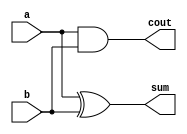
/////////////////////////////////////////////////////////////////////////////////
//                                                                             //
// Module Name:    HA_Behavioural                                              //
// Description:    Behavioural Model of Half Adder                             //
//                                                                             //
/////////////////////////////////////////////////////////////////////////////////
`timescale 1ns / 10ps
module HA_Behavioural(a,b,sum,cout);
  input a,b;
  output sum,cout;
  reg sum, cout;
  
  always @(a,b) begin
    #5 sum = a^b;
    #5 cout = a & b;
  end
endmodule